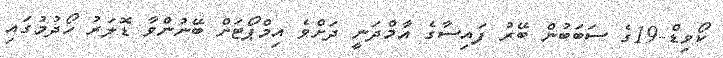
ކޯވިޑް-19ގެ ސަބަބުން ބޭރު ފައިސާގެ އާމްދަނީ ދަށްވެ އިމްޕޯޓަށް ބޭނުންވާ ޑޮލަރު ހޯދުމުގައި